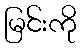
မြင်းကို